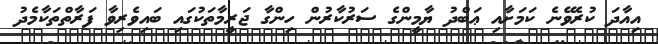
އިއާދަ ކުރެވޭނެ ކަމަށާއި ޢަބްދު ޔާމީންގެ ސަރުކާރުން ހިންގާ ޖަރީމާތަކުގައި ބައިވެރިވާ ފަރާތްތަކާމެދު